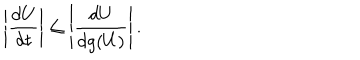
\left\vert \frac { d U } { d t } \right\vert \le \left\vert \frac { d U } { d g ( U ) } \right\vert .